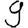
Digit: 9